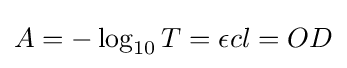
{\textstyle A=-\log _{10}T=\epsilon cl=OD}